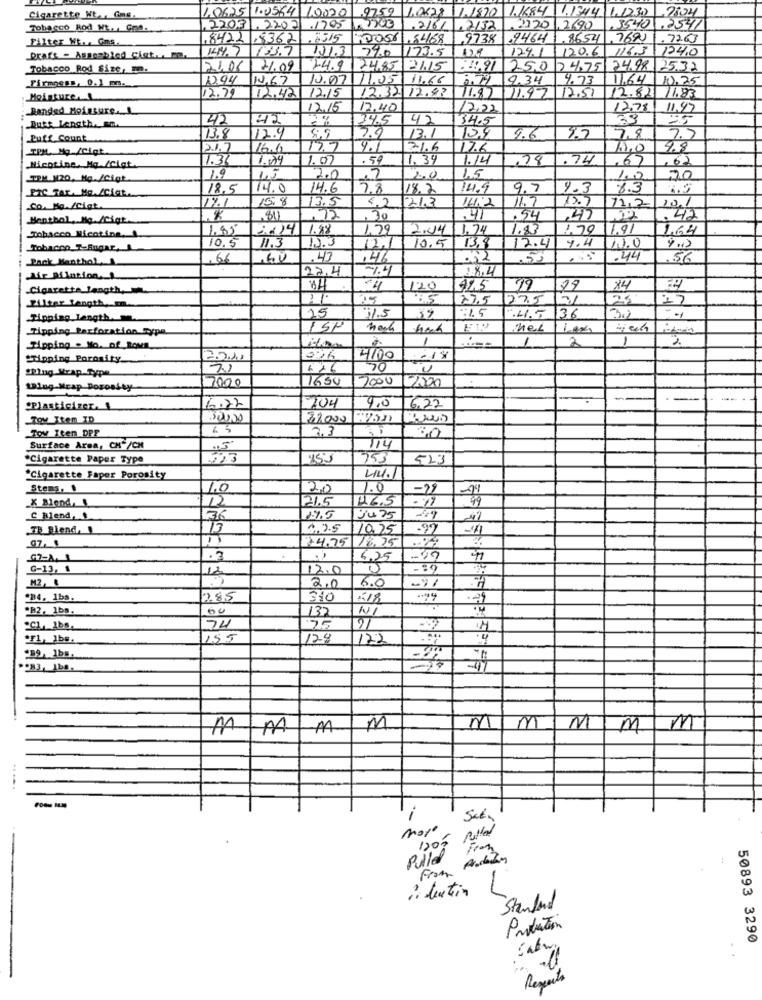
1.0625 1.0564 10070
9759
1.0628 1.1870
Cigarette Nt ., Gons.
1.1684 1.13414 1.1230
2104
Tobacco Rod Mt ... Got.
.220.3.2207
.7132
.2220 ,2690
+35401.2541
Filter Ht .. Cms.
.8422.83621.6515
0056 ,5468
9738
9464 .8654 ,769)
.7263
144.7 133.7
11.3
290 173.5
124.1
120.6 116.3
124.0
Draft - Assembled Ciat ... me
Tobacco Rod Size, m.
21.06
21.09
24.9
24,85 21.15
: 41,91
25.0 7 4,75 24.98 2532
Firmoess, 0.1 m.
13.94
13.67
10.00
11.25
11,66
0.79
9.34
4.73
11.64
10.25
12.79
12.32. 12.88
11.87
12.51
11.83
Moisture.
12.42
12.15
11.97
2.82
Banded Moisture .__ L
12.15
12.40
12.23
12.78
11,97
42
42
34.5
42
39
Butt Length.s.
34.5
Puff Count
13.8
112.4
13.1
109
4.6
9.7
7,8
5.5
TPM. Mg /Cigt
12.1.7
16.6
17.7
4.1
31.6
17.6
14.0
4.8
1.3
1.04
1.07
.59
1.39
1.14
.74
,67
62
Nicotina, Mg./Gigt
TIM 120, Mq. /Cigt
19
45
2.0
2
2.0
1.5
1.0
20
PIC TAr. Me./Cfat.
18.5
14.0
14.6
7.8
118.2
14.9
9.7
9.3
8.3
1.5
17.1
15.8
13.5
16.2
15.7
12.2
Co. Ma./Ciat.
€2
121.3
11.7
10.1
Menthol, Mg./Cigt.
$11
72
30
41
.54
.47
. 42
1,85
1.88
1,79
2.04
1.74
1.83
1.79
11.91
1,64
Tobacco Nicotine. 1
11.3
4.4
10.5
10.5
13,8
2.4
10.0
Pack Menthol
,66
.43
146
002
50
.44
,56
22.4
-7.4
1.8.4
Air Bilation.
Cigarette Length,
120
41.5
99
29
X4
27.5
375
filter Length, Em.
15
11.5
Tipping Length ..
39
.4.5
36
3.2
Tipping Farforation Sypa
ISP
nel
1
2
-
Tipping . No. of Rows
"Tipping Porosity
4/00
"Ring Mrap.Type
70
50
2000
1654
2000
ting-Mrap Dorostty
12000
6.22
"Plasticizer. 1
6.72
204
9.0
Tow Item ID
2
22000 /320
Tow Iten DPF
7.3
Surface Area, CH*/CH
114
"Cigarette Paper Type
153
753
523
"Cigarette Faper Porosity
44.
Stems, 1
20
1.0
X Blend,
12
21.5
C Blend, .
36
19.5
Ju25
TB Blend, !
13
4.2.5
10.25
.99
24.75
18.25
G7-A. 1
.3
6,25
G-13, 1
12
12.0
-89
M2, 1
2.0
6.0
OD4. 1bs.
285
310
5-18
60
137
74
75
21
OF1, 1bs.
155
128
177
*983, 1ba.
MMM
M
M
MMMM
....
i
Sal,
more
-
Pulled From
, butin
1
Standard
Portation
50893 3290
Reports